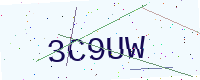
Text: 3C9UW